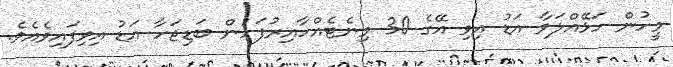
މީހުން ހަޅޭއްލަވާ އަޑު އިވި އޭގެ 30 މިނެޓެއްހާއިރުފަހުން ބަޑިޖަހާ އަޑު އިވިފައިވެއެވެ.